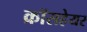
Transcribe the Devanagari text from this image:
क्रॉसहेयर